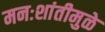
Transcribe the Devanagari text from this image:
मनःशांतीमुळे